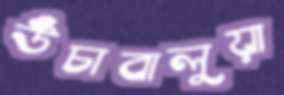
উঁচাবালুয়া